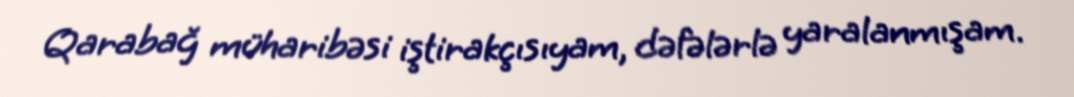
Qarabağ müharibəsi iştirakçısıyam, dəfələrlə yaralanmışam.